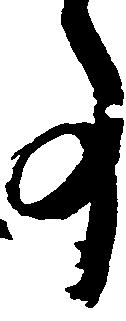
事